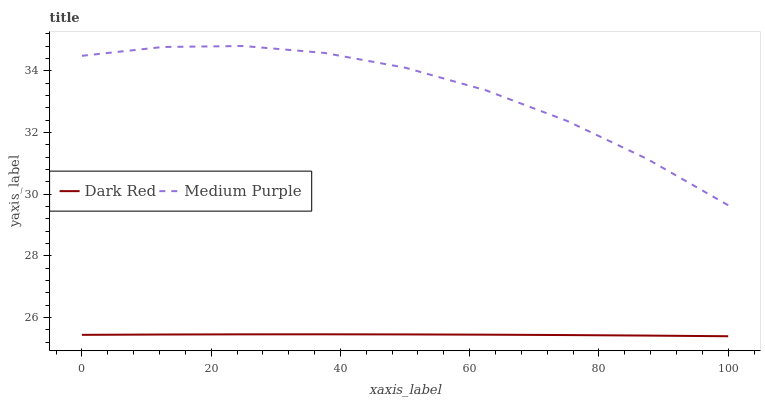
| xaxis_label | Dark Red | Medium Purple |
 | --- | --- | --- |
 | 0 | 25.4 | 34.5 |
 | 12.5 | 25.5 | 34.8 |
 | 25 | 25.5 | 34.8 |
 | 37.5 | 25.5 | 34.6 |
 | 50 | 25.5 | 34.1 |
 | 62.5 | 25.4 | 33.4 |
 | 75 | 25.4 | 32.4 |
 | 87.5 | 25.4 | 31.1 |
 | 100 | 25.4 | 29.6 |